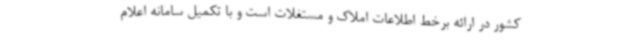
کشور در ارائه برخط اطلاعات املاک و مستغلات است و با تکمیل سامانه اعلام